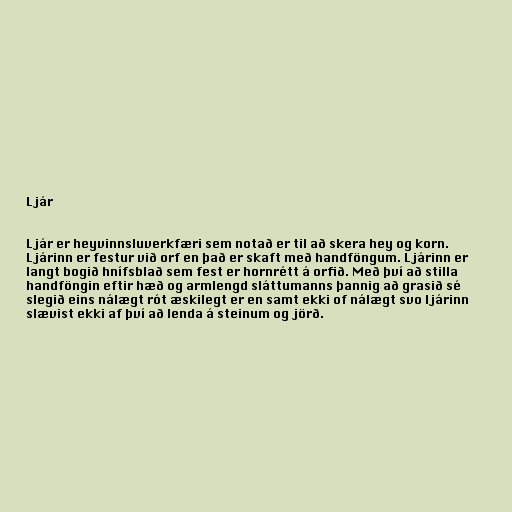
Ljár

Ljár er heyvinnsluverkfæri sem notað er til að skera hey og korn.
Ljárinn er festur við orf en það er skaft með handföngum. Ljárinn er
langt bogið hnífsblað sem fest er hornrétt á orfið. Með því að stilla
handföngin eftir hæð og armlengd sláttumanns þannig að grasið sé
slegið eins nálægt rót æskilegt er en samt ekki of nálægt svo ljárinn
slævist ekki af því að lenda á steinum og jörð.